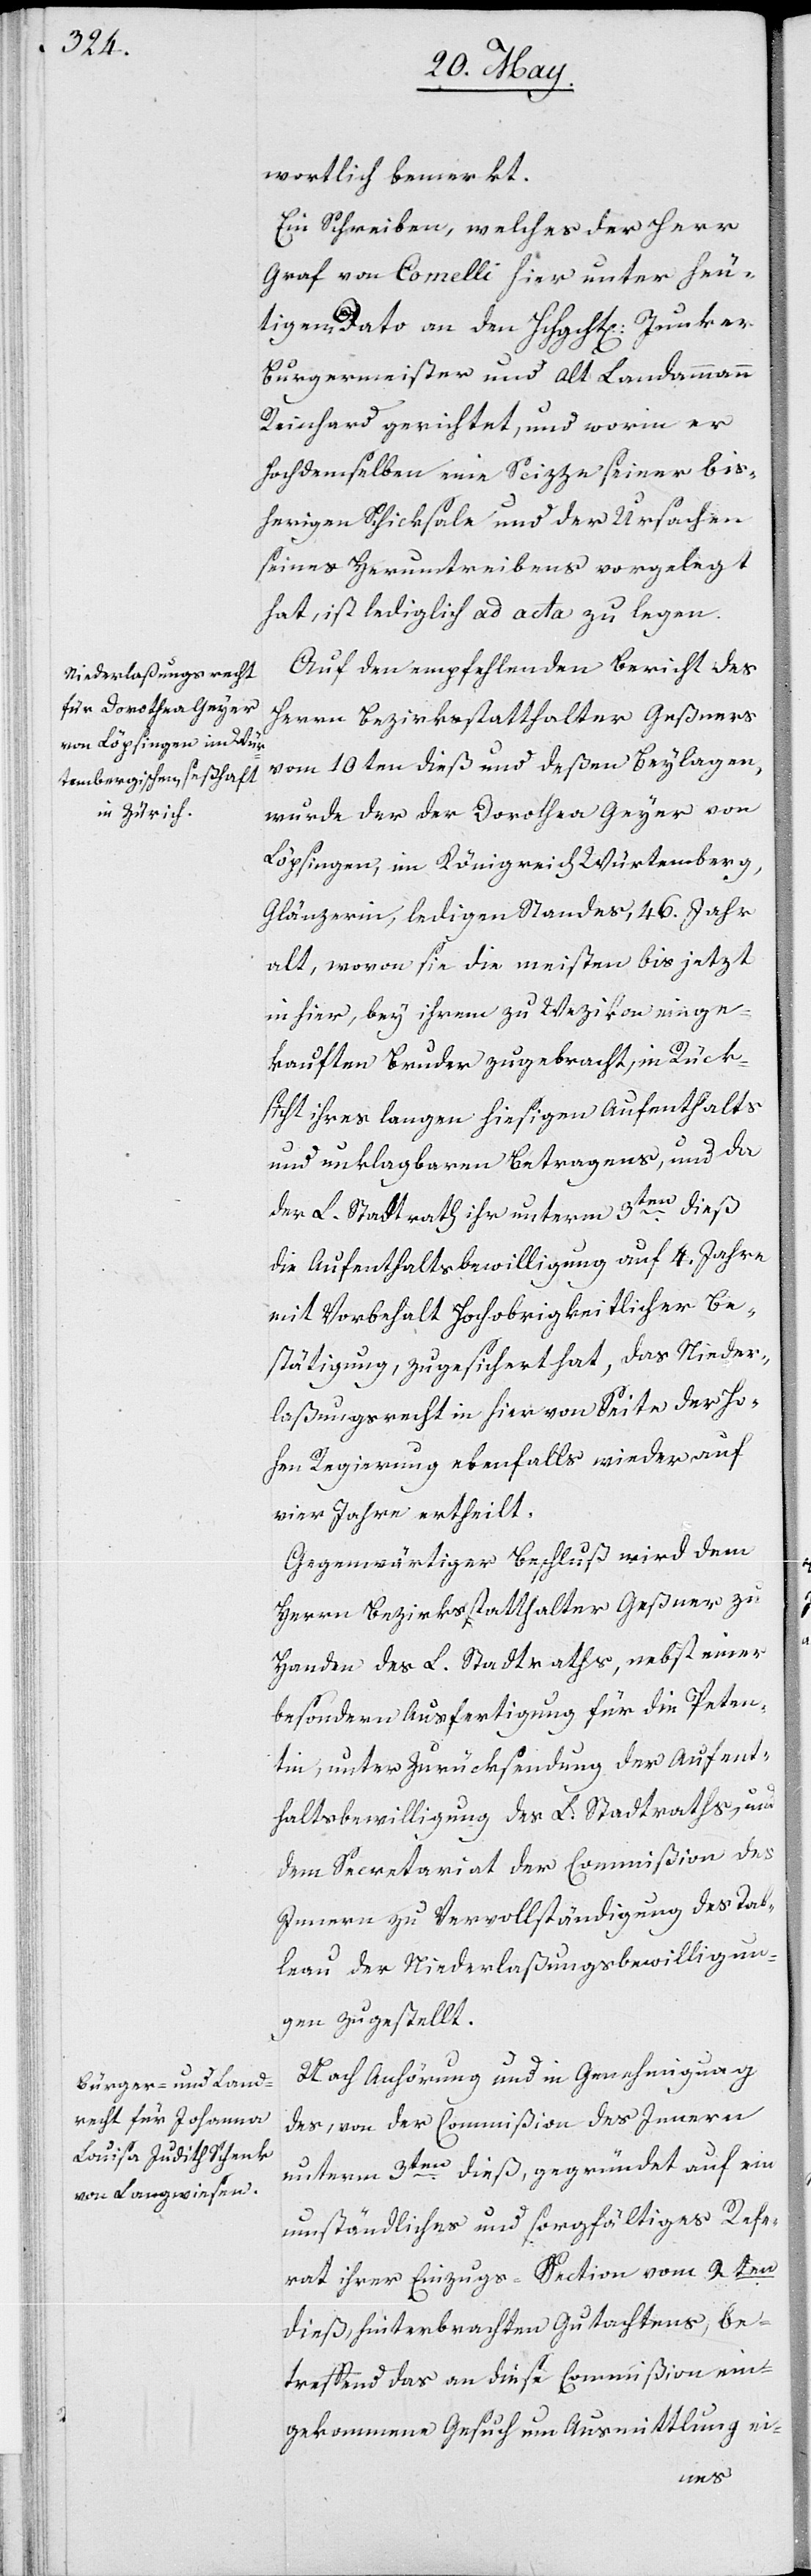
der Dorothea Geyer

Auf den empfehlenden Bericht des
Herrn Bezirksstatthalter Geßners
vom 10ten dieß und deßen Beylagen,
Löpfingen, im Königreich Würtemberg,
Glänzerin, ledigen Standes, 46. Jahre
alt, wovon sie die meisten bis jetzt
in hier, bey ihrem zu Wezikon einge¬
kauften Bruder zugebracht, in Rück¬
sicht ihres langen hiesigen Aufenthalts
und unklagbaren Betragens, und da
der L. Stadtrath ihr unterm 3ten dieß
die Aufenthaltsbewilligung auf vier Jahre
mit Vorbehalt Hochobrigkeitlicher Be¬
stätigung, zugesicheret hat, das Nieder¬
laßungsrecht in hier von Seite der Ho¬
hen Regierung ebenfalls wieder auf
vier Jahre ertheilt.
Gegenwärtiger Beschluß wird dem
Herrn Bezirksstatthalter Geßner zu
Handen des L. Stadtraths, nebst einer
besonderen Ausfertigung für die Peten¬
tin, unter Zurücksendung der Aufent¬
haltsbewilligung des L. Stadtraths, und
dem Secretariat der Commißion des
Inneren zu Vervollständigung des Tab¬
leau der Niederlaßungsbewilligun¬
gen zugestellt.
Nach Anhörung und in Genehmigung
des, von der Commißion des Innern
unterm 9ten dieß, gegründet auf ein
umständliches und sorgfältiges Refe¬
rat ihrer Einzugs-Section vom 2ten
dieß, hinterbrachten Gutachtens, be¬
treffend das an diese Commißion ein¬
gekommene Gesuch um Ausmittlung ei-
wurde